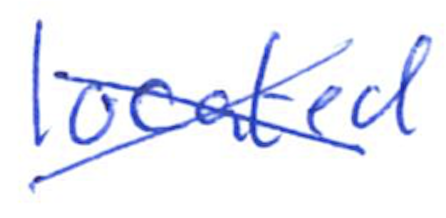
Text: located
Cross-out: cross
Writing tool: ballpoint